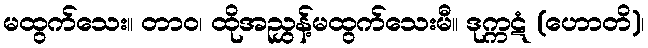
မထွက်သေး။ တာဝ၊ ထိုအညွှန့်မထွက်သေးမီ။ ဒုက္ကဋံ (ဟောတိ)၊